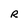
Character: R